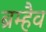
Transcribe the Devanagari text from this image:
ब्रम्हैव